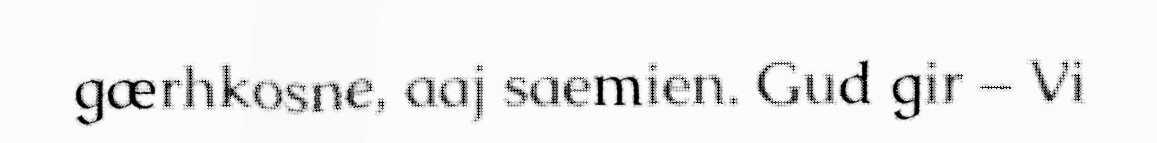
gærhkosne, aaj saemien. Gud gir – Vi